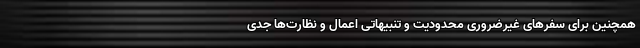
همچنین برای سفر‌های غیرضروری محدودیت و تنبیهاتی اعمال و نظارت‌ها جدی